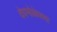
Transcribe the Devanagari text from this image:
देवभोळेपणा